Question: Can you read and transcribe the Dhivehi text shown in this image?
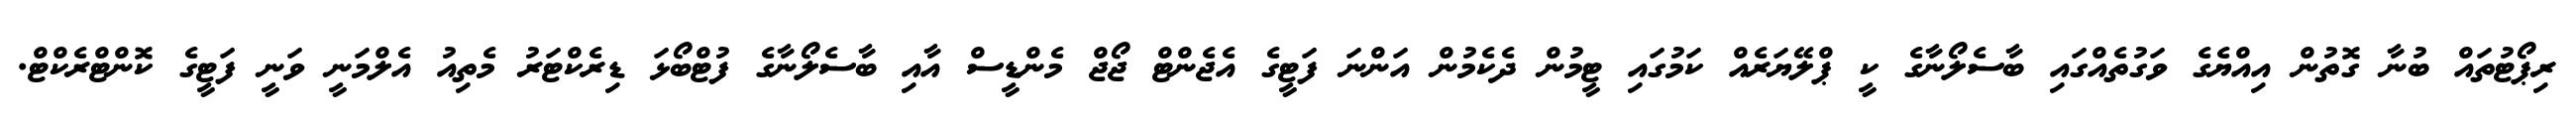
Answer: ރިޕޯޓުތައް ބުނާ ގޮތުން އިއްޔެގެ ވަގުތެއްގައި ބާސެލޯނާގެ ކީ ޕްލޭޔަރެއް ކަމުގައި ޓީމުން ދެކެމުން އަންނަ ފަޓީގެ އެޖެންޓް ޖޯޖް މެންޑީސް އާއި ބާސެލޯނާގެ ފުޓްބޯޅަ ޑިރެކްޓަރު މެތިއު އެލްމަނީ ވަނީ ފަޓީގެ ކޮންޓްރެކްޓް.